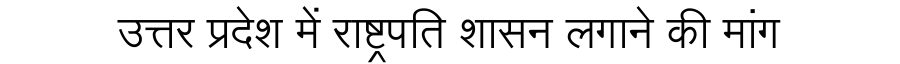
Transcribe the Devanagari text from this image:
उत्तर प्रदेश में राष्ट्रपति शासन लगाने की मांग